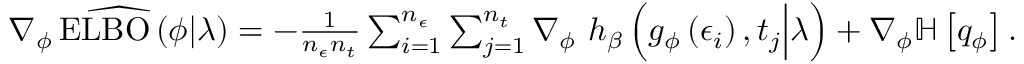
\begin{array} { r } { \widehat { \nabla _ { \phi } \operatorname { E L B O } \left( \phi \vert \lambda \right) } = - \frac { 1 } { n _ { \epsilon } n _ { t } } \sum _ { i = 1 } ^ { n _ { \epsilon } } \sum _ { j = 1 } ^ { n _ { t } } \nabla _ { \phi } \ h _ { \beta } \left( g _ { \phi } \left( \epsilon _ { i } \right) , t _ { j } \Big \vert \lambda \right) + \nabla _ { \phi } \mathbb { H } \left[ q _ { \phi } \right] . } \end{array}